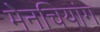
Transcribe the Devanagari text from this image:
मेनचियांग